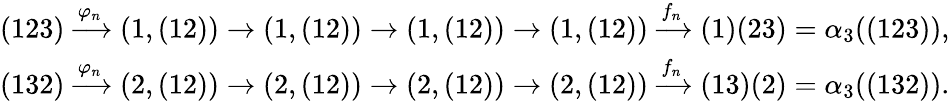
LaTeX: \begin{array}{r}{(123)\xrightarrow{\varphi_{n}}(1,(12))\rightarrow(1,(12))\rightarrow(1,(12))\rightarrow(1,(12))\xrightarrow{f_{n}}(1)(23)=\alpha_{3}((123)),}\\ {(132)\xrightarrow{\varphi_{n}}(2,(12))\rightarrow(2,(12))\rightarrow(2,(12))\rightarrow(2,(12))\xrightarrow{f_{n}}(13)(2)=\alpha_{3}((132)).}\end{array}